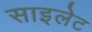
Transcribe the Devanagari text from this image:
साइलेट